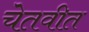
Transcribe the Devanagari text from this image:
चेतवीत